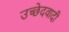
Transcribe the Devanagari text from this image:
उच्छेदवादी